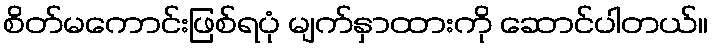
စိတ်မကောင်းဖြစ်ရပုံ မျက်နှာထားကို ဆောင်ပါတယ်။